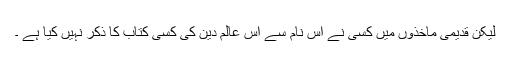
لیکن قدیمی ماخذوں میں کسی نے اس نام سے اس عالم دین کی کسی کتاب کا ذکر نہیں کیا ہے ۔